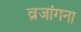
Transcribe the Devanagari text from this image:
व्रजांगना